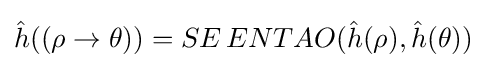
{\hat {h}}({(\rho \to \theta )})=SE\,ENTAO({\hat {h}}(\rho ),{\hat {h}}(\theta ))